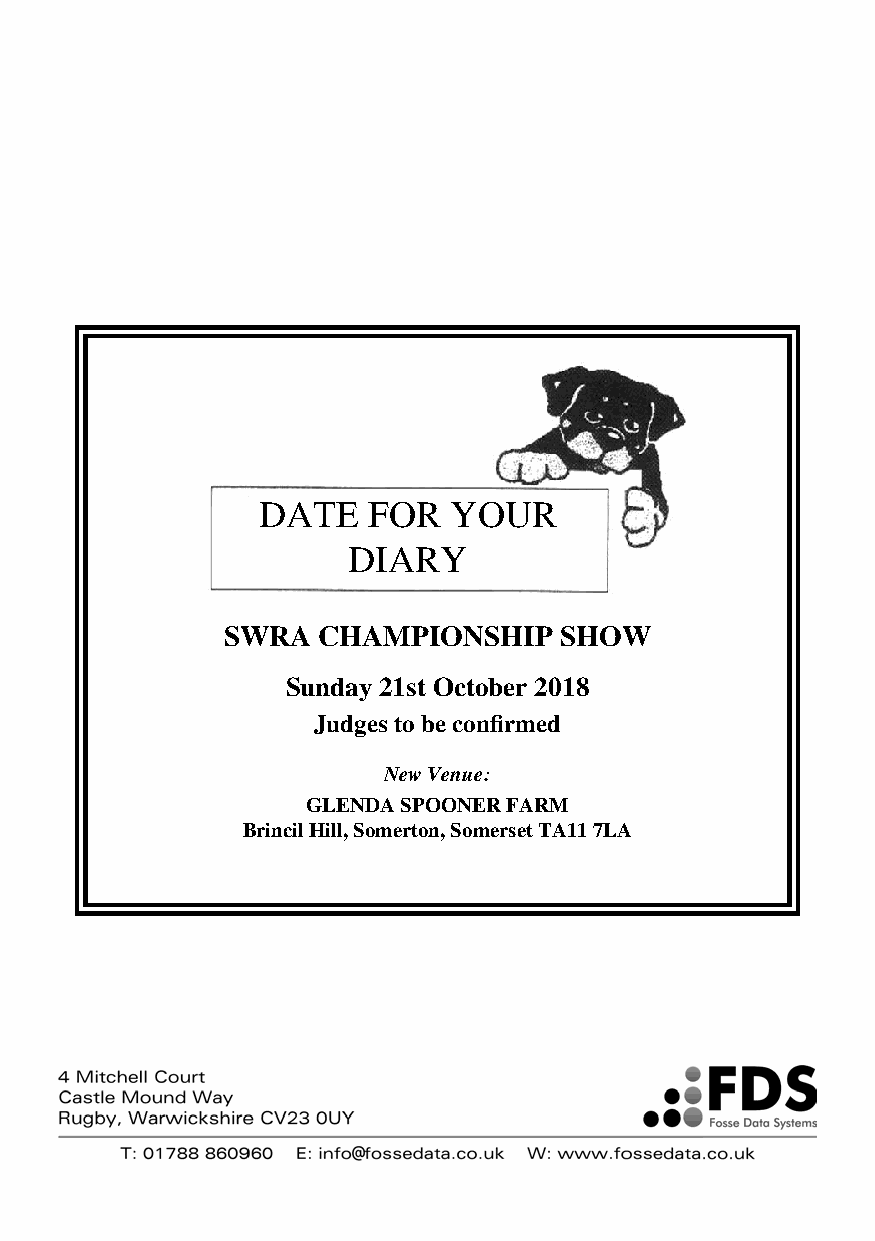
DATE   FOR   YOUR
 DIARY
 SWRA  CHAMPIONSHIP    SHOW
 Sunday 21st October 2018
 Judges to be confirmed
 New Venue:
 GLENDA SPOONER FARM
 Brincil Hill, Somerton, Somerset TA11 7LA